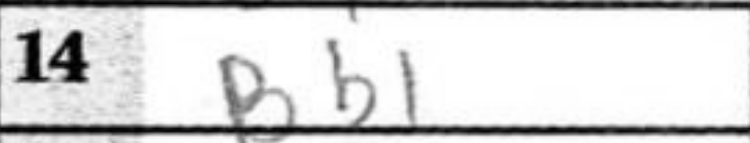
Transcription: Bb1